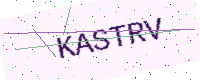
Text: KASTRV